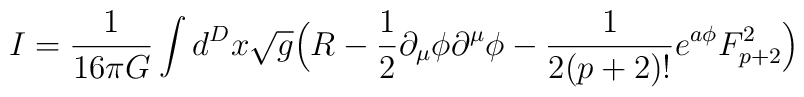
I = \frac{1}{16\pi G} \int d^D x \sqrt{g} \Big( R- \frac{1}{2} \partial_\mu \phi \partial^\mu \phi- \frac{1}{2 (p+2)!} e^{a\phi} F_{p+2}^2 \Big)